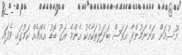
މޫސުމަށް އަންނަމުންދާ އަވަސް ބަދަލުތަކާއެކު އެންމެ އަގު ބޮޑު އެއްޗެއް ކަމުގައި ވެފައި